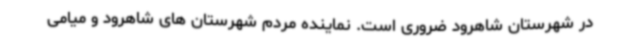
در شهرستان شاهرود ضروری است. نماینده مردم شهرستان های شاهرود و میامی